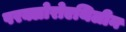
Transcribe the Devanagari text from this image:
परक्लोरोएथिलीन